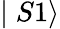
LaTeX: \mid S1\rangle